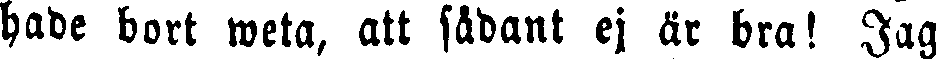
hade bort weta, att sådant ej är bra! Jag